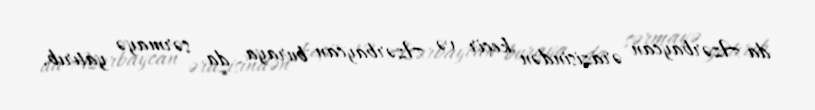
da Azərbaycan ərazisindən keçir və Azərbaycan buraya da sərmayə yatırıb.